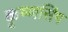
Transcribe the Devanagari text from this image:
कृष्णसिंग